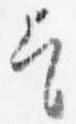
乞